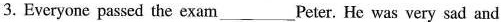
3. Everyone passed the exam___Peter. He was very sad and